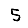
Digit: 5